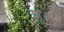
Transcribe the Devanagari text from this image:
पृ।